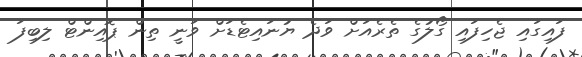
ފައިގައި ޖެހިފައި ގޯލުގެ ތެރެއަށް ވަދެ ޔުނައިޓެޑަށް ވަނީ ތިން ޕޮއިންޓް ލިބިފަ